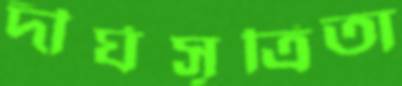
দীর্ঘসূত্রিতা